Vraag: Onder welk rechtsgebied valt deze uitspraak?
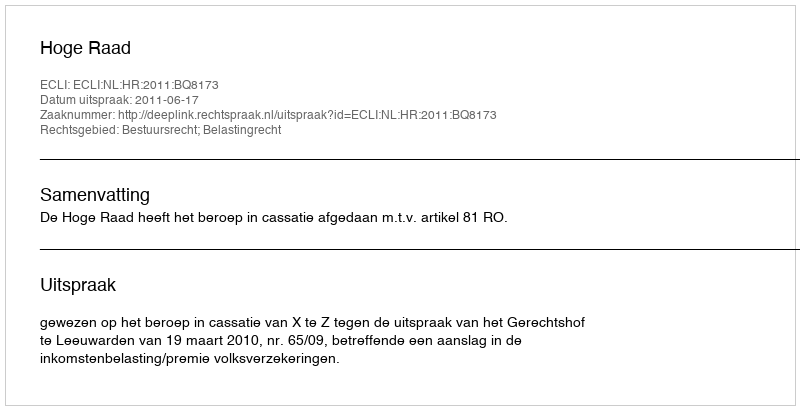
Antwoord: Bestuursrecht; Belastingrecht